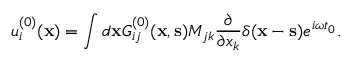
u _ { i } ^ { ( 0 ) } ( { \bf x } ) = \int d { \bf x } G _ { i j } ^ { ( 0 ) } ( { \bf x } , { \bf s } ) M _ { j k } \frac { \partial } { \partial x _ { k } } \delta ( { \bf x } - { \bf s } ) e ^ { i \omega t _ { 0 } } .